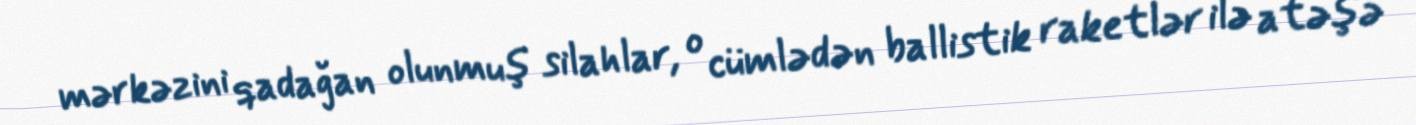
mərkəzini qadağan olunmuş silahlar, o cümlədən ballistik raketlər ilə atəşə